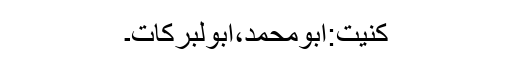
کنیت:ابومحمد،ابولبرکات۔